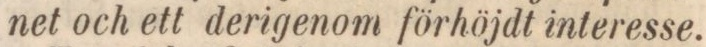
net och ett derigenom förhöjdt interesse.